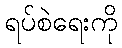
ရပ်စဲရေးကို